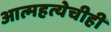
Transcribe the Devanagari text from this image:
आत्महत्येचीही